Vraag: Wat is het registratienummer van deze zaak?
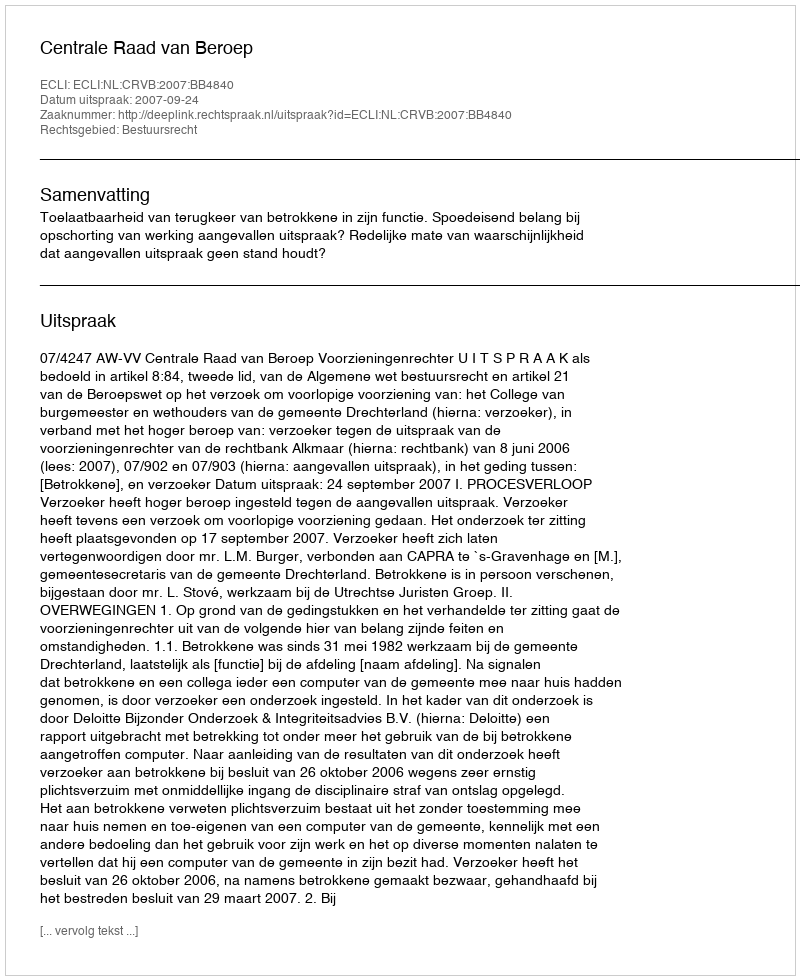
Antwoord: http://deeplink.rechtspraak.nl/uitspraak?id=ECLI:NL:CRVB:2007:BB4840